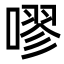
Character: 嘐